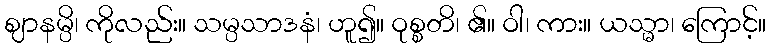
ဈာနမ္ပိ၊ ကိုလည်း။ သမ္ပသာဒနံ၊ ဟူ၍။ ဝုစ္စတိ၊ ၏။ ဝါ၊ ကား။ ယသ္မာ၊ ကြောင့်။